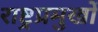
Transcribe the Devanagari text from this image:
राष्ट्रप्रमुखों